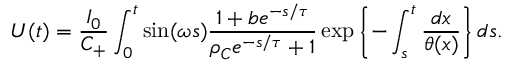
U ( t ) = \frac { I _ { 0 } } { C _ { + } } \int _ { 0 } ^ { t } \sin ( \omega s ) \frac { 1 + b e ^ { - s / \tau } } { \rho _ { C } e ^ { - s / \tau } + 1 } \exp \left\{ - \int _ { s } ^ { t } \frac { d x } { \theta ( x ) } \right\} d s .